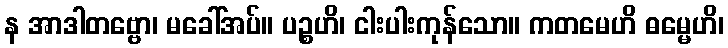
န အာဒါတဗ္ဗော၊ မခေါ်အပ်။ ပဉ္စဟိ၊ ငါးပါးကုန်သော။ ကတမေဟိ ဓမ္မေဟိ၊